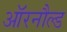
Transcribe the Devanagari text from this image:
ऑरनौल्ड